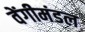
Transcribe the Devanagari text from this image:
वेंगीमंडल